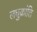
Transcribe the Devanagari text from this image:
लघुक्रांति